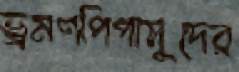
ভ্রমণপিপাসুদের